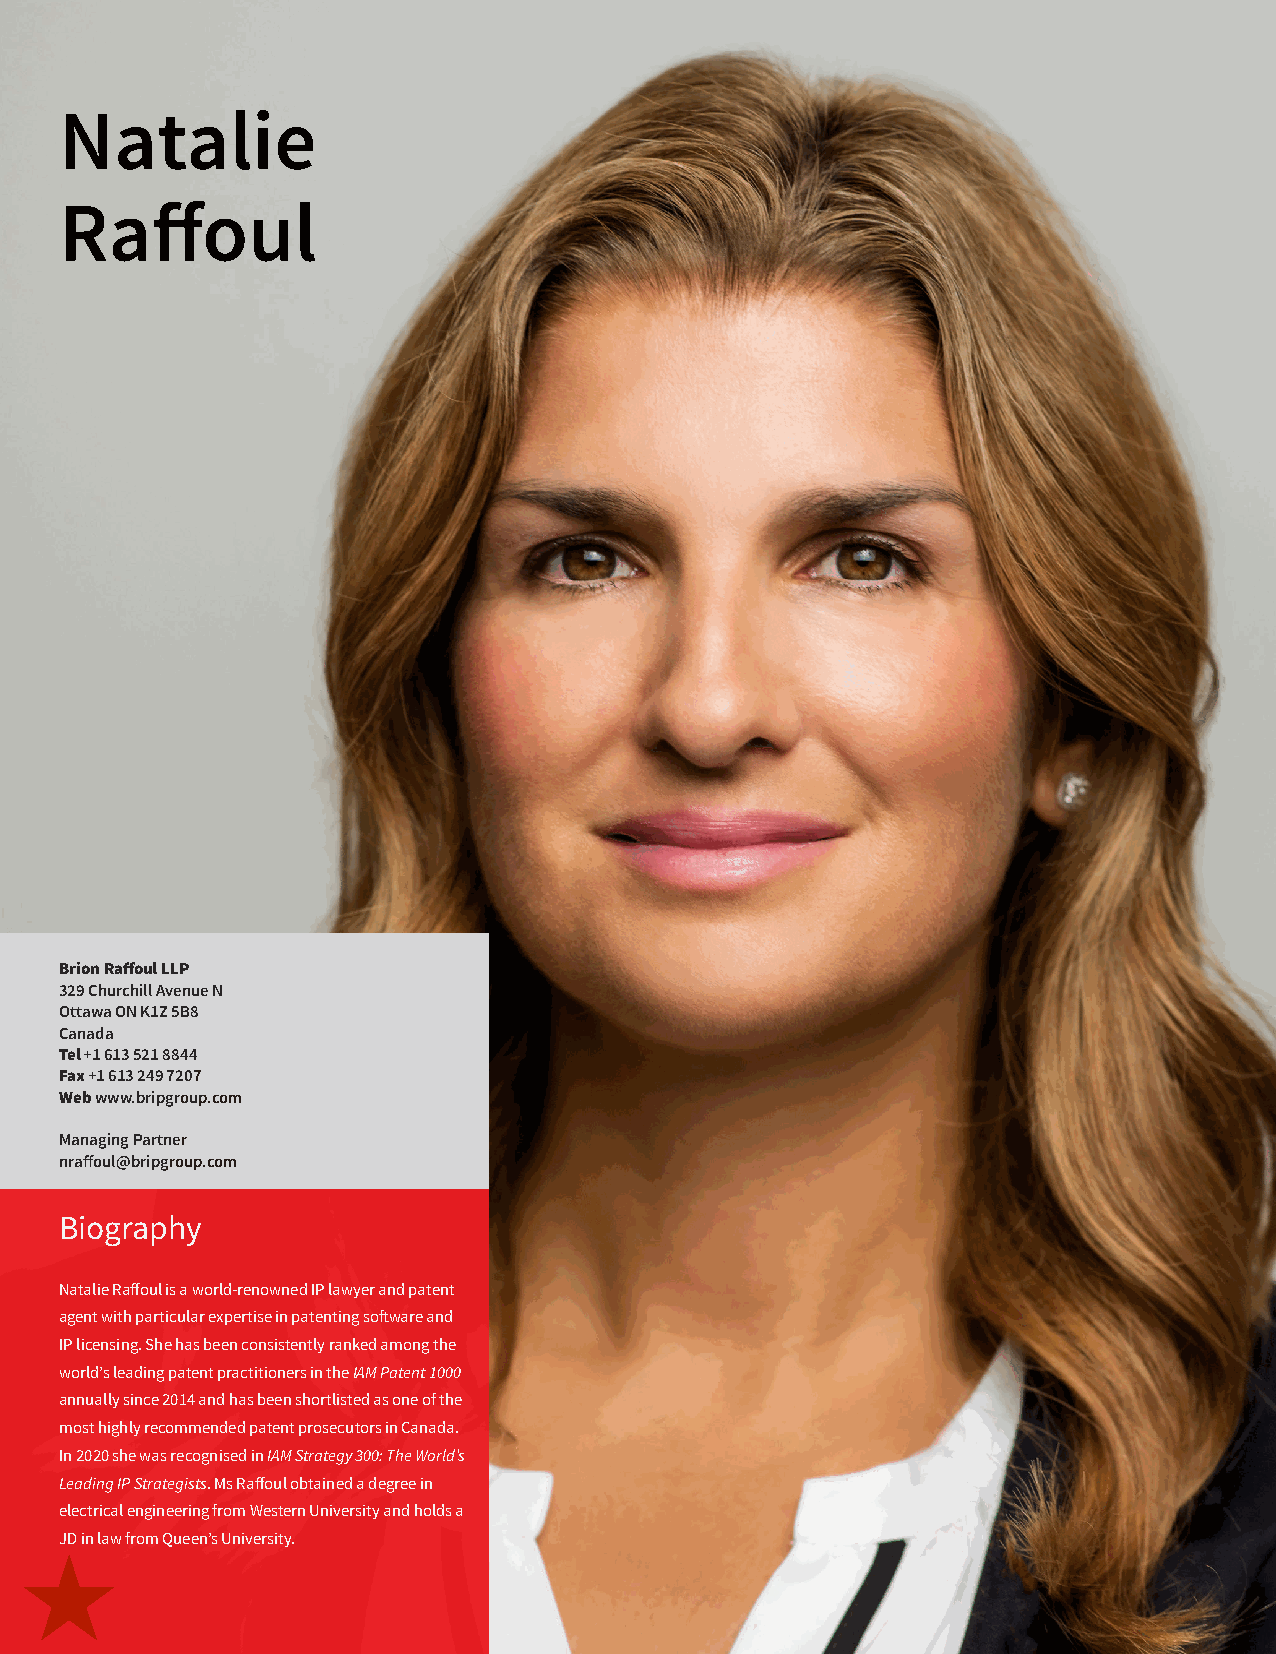
Natalie
 Raffoul
 Brion Raffoul LLP
 329 Churchill Avenue N
 Ottawa ON K1Z 5B8
 Canada
 Tel +1 613 521 8844
 Fax +1 613 249 7207
 Web www.bripgroup.com
 Managing Partner
 nraffoul@bripgroup.com
 Biography
 Natalie Raffoul is a world-renowned IP lawyer and patent
 agent with particular expertise in patenting software and
 IP licensing. She has been consistently ranked among the
 world’s leading patent practitioners in the IAM Patent 1000
 annually since 2014 and has been shortlisted as one of the
 most highly recommended patent prosecutors in Canada.
 In 2020 she was recognised in IAM Strategy 300: The World’s
 Leading IP Strategists. Ms Raffoul obtained a degree in
 electrical engineering from Western University and holds a
 JD in law from Queen’s University.
 68